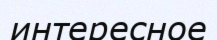
интересное